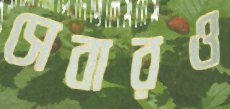
সেবারও